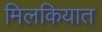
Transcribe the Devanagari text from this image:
मिलकियात